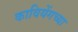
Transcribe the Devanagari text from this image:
कावियेंगच्या